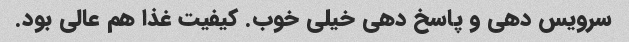
سرویس دهی و پاسخ دهی خیلی خوب. کیفیت غذا هم عالی بود.